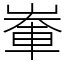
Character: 輋